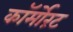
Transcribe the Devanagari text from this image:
कॉर्मोरंट